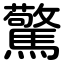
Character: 驚